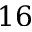
1 6